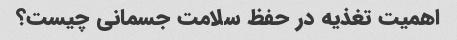
اهمیت تغذیه در حفظ سلامت جسمانی چیست؟